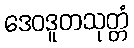
ဒေဝဒူတသုတ္တံ